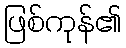
ဖြစ်ကုန်၏